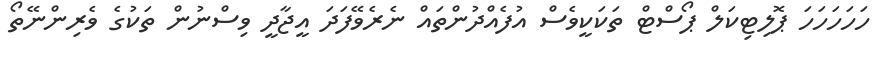
ހަހަހަހަހަ ޕޮލިޓިކަލް ޕޯސްޓް ތަކަކީވެސް އުފެއްދުންތައް ނެރެވޭފަދަ އީޖާދީ ވިސްނުން ތަކުގެ ވެރިންނޭތޯ